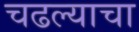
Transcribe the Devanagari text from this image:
चढल्याचा